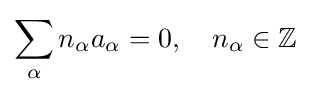
\sum _{\alpha }n_{\alpha }a_{\alpha }=0,\quad n_{\alpha }\in \mathbb {Z}